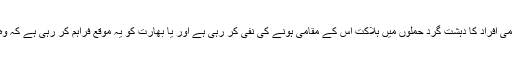
اس میں شک نہیں کہ جاری شورش مقامی ہے مگر غیر مقامی افراد کا دہشت گرد حملوں میں ہلاکت اس کے مقامی ہونے کی نفی کر رہی ہے اور یا بھارت کو یہ موقع فراہم کر رہی ہے کہ وہ حالات کی خرابی کو بیرونی عوامل کے کھاتے میں ڈالے ۔